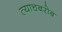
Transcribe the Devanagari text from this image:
त्याचबरोब